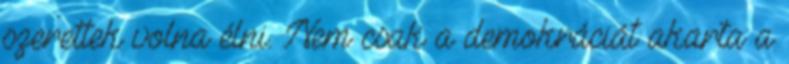
szerettek volna élni. Nem csak a demokráciát akarta a